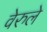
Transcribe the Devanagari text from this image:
वेरुले